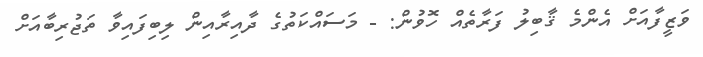
ވަޒީފާއަށް އެންމެ ޤާބިލު ފަރާތެއް ހޮވުން: - މަސައްކަތުގެ ދާއިރާއިން ލިބިފައިވާ ތަޖުރިބާއަށް